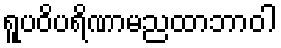
ရူပဝိပရိဏာမညထာဘာဝါ